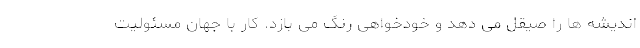
اندیشه ها را صیقل می دهد و خودخواهی رنگ می بازد. کارِ با جهان مسئولیت